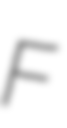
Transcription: F